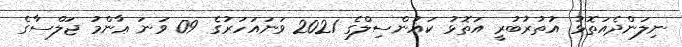
ނިލަންދެއަތޮޅު އުތުރުބުރީ އަތޮޅު ކައުންސިލްގެ 2021 ވަނައަހަރުގެ 09 ވަނަ ޢާންމު ޖަލްސާގެ